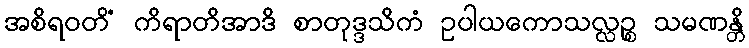
အစိရဝတိံ ကိရာတိအာဒိ စာတုဒ္ဒသိကံ ဥပါယကောသလ္လဉ္စ သမဏန္တိ